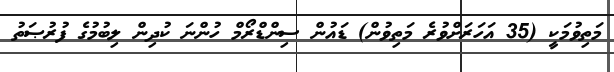
މަތިވުމަކީ (35 އަހަރަށްވުރެ މަތިވުން) ޑައުން ސިންޑްރޯމް ހުންނަ ކުދިން ލިބުމުގެ ފުރުޞަތު